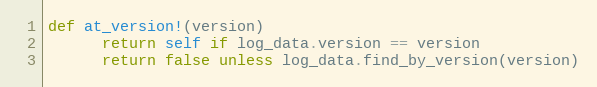
Language: Ruby
def at_version!(version)
      return self if log_data.version == version
      return false unless log_data.find_by_version(version)